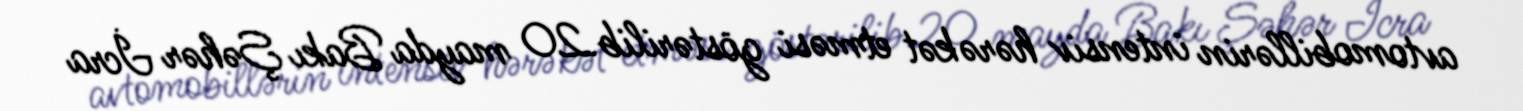
avtomobillərin intensiv hərəkət etməsi göstərilib.20 mayda Bakı Şəhər İcra